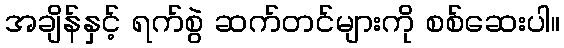
အချိန်နှင့် ရက်စွဲ ဆက်တင်များကို စစ်ဆေးပါ။